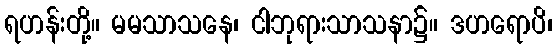
ရဟန်းတို့။ မမသာသနေ၊ ငါဘုရားသာသနာ၌။ ဒဟရောပိ၊